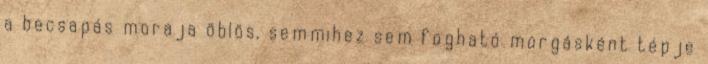
a becsapás moraja öblös, semmihez sem fogható morgásként tépje